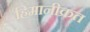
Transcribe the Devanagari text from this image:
हिमानीक्रत